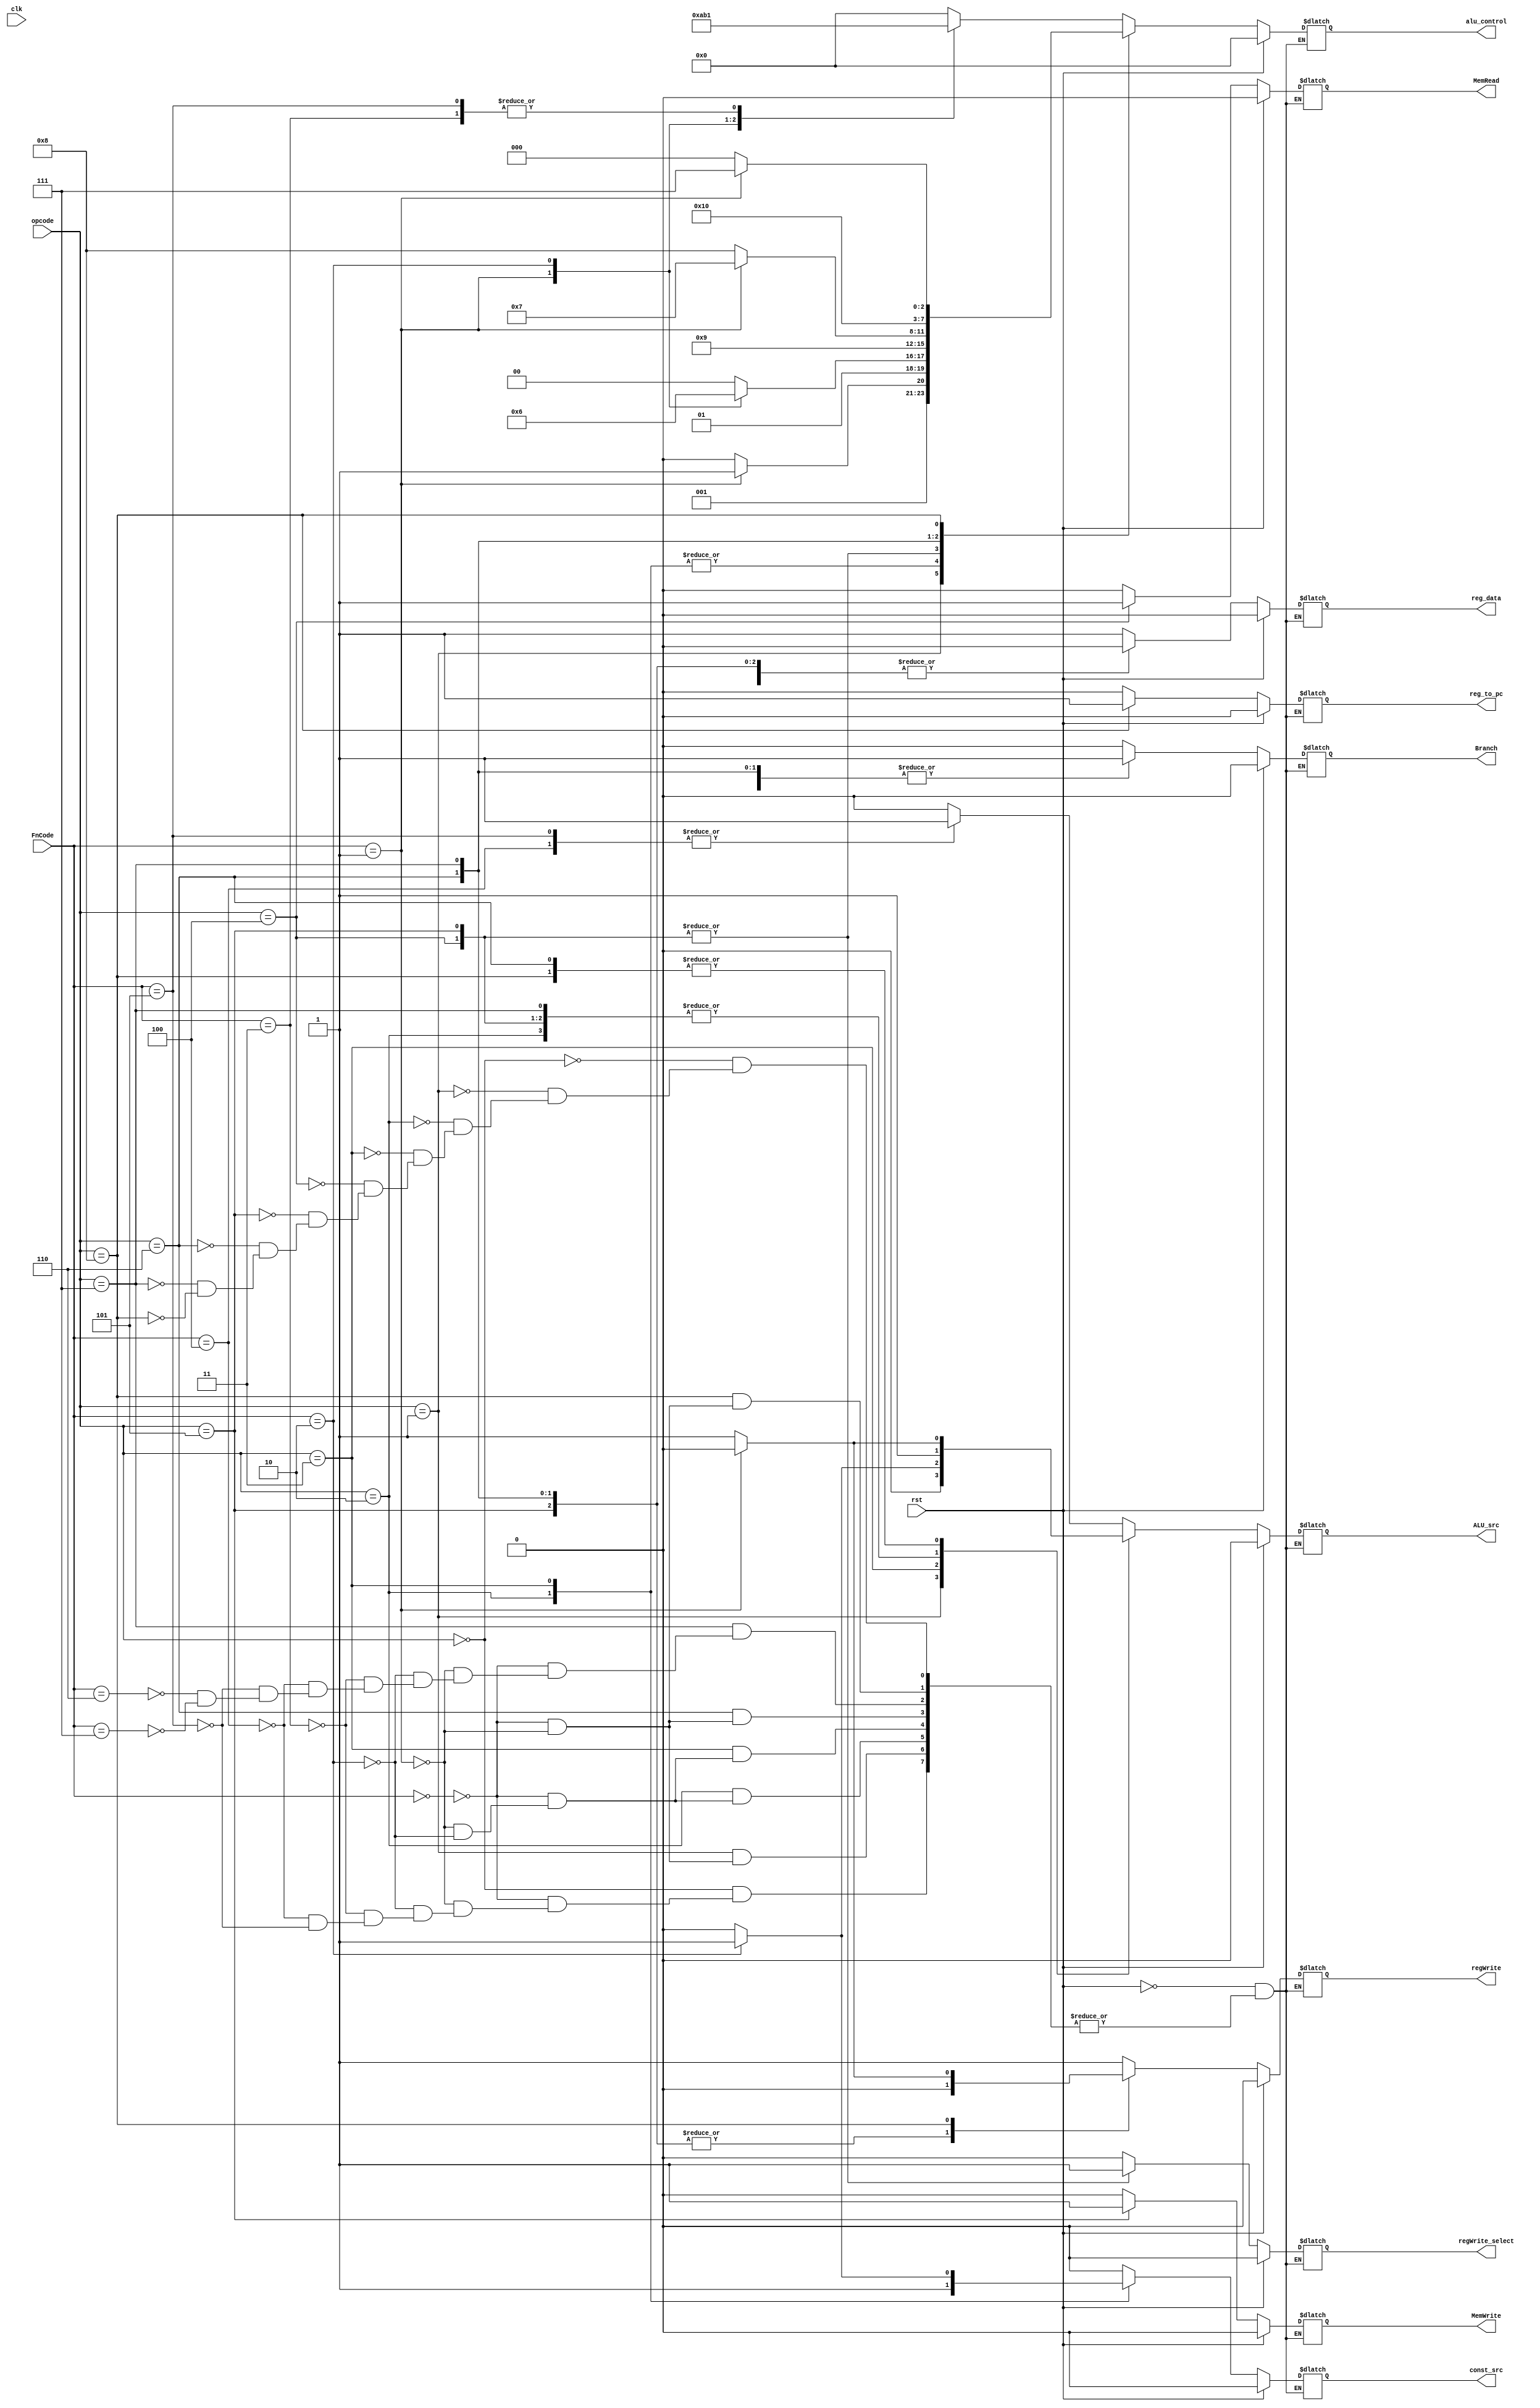
`timescale 1ns / 1ps
`default_nettype none
//////////////////////////////////////////////////////////////////////////////////
/*
Assignment No - 7
Semester - Autumn 2018
Group - 3
Members:
  G Rahul KrantiKiran - 16CS10018
  Sai Saketh Aluru - 16CS30030
*/
//////////////////////////////////////////////////////////////////////////////////

// the control unit module
//This takes as input the opcode and opcode ext and instructs all other modules

module ControlUnit(input wire[3:0] opcode, input wire [3:0] FnCode,
		input wire clk, input wire rst,
		output reg [3:0] alu_control,
		output reg Branch,regWrite,MemWrite,MemRead,ALU_src,reg_data,const_src,reg_to_pc, regWrite_select
	);

	always@(opcode or FnCode or rst)
	begin
		if(rst) // setting all flags to zero
		begin
			alu_control <= 0;
			Branch <= 0;
			regWrite <= 0;
			MemWrite <= 0;
			MemRead <= 0;
			ALU_src <= 0;
			const_src <= 0;
			reg_data <= 0;
			reg_to_pc <= 0;
			regWrite_select <= 0;
		end
		else
		begin
			case(opcode)
				4'd0: 								//Opcode: 0000
					begin
						case(FnCode)
							4'd0:						// Add
								begin
									alu_control <= 0;
									Branch <= 0;
									regWrite <= 1;
									MemWrite <= 0;
									MemRead <= 0;
									const_src <= 0;
									ALU_src <= 0;
									reg_data <= 1;
									reg_to_pc <= 0;
									regWrite_select <= 0;
								end
							4'd1: 						// Multiply unsigned
								begin
									alu_control <= 10;
									Branch <= 0;
									regWrite <= 1;
									MemWrite <= 0;
									const_src <= 0;
									MemRead <= 0;
									ALU_src <= 0;
									reg_data <= 1;
									reg_to_pc <= 0;
									regWrite_select <= 0;
								end	
							4'd2: 						// Multiply signed
								begin
									alu_control <= 11;
									Branch <= 0;
									regWrite <= 1;
									MemWrite <= 0;
									const_src <= 0;
									MemRead <= 0;
									ALU_src <= 0;
									reg_data <= 1;
									reg_to_pc <= 0;
									regWrite_select <= 0;
								end	
									
							4'd3: 						// Complement
								begin
									alu_control <= 1;
									Branch <= 0;
									regWrite <= 1;
									MemWrite <= 0;
									const_src <= 0;
									MemRead <= 0;
									ALU_src <= 0;
									reg_data <= 1;
									reg_to_pc <= 0;
									regWrite_select <= 0;
								end
							4'd4: 						// Add Immediate
								begin
									alu_control <= 0;
									Branch <= 0;
									regWrite <= 1;
									MemWrite <= 0;
									const_src <= 0;
									regWrite_select <= 0;
									MemRead <= 0;
									ALU_src <= 1;
									reg_data <= 1;
									reg_to_pc <= 0;
								end
							4'd5: 						// Complement Immediate
								begin
									alu_control <= 1;
									Branch <= 0;
									regWrite <= 1;
									MemRead <= 0;
									MemWrite <= 0;
									regWrite_select <= 0;
									const_src <= 0;
									ALU_src <= 1;
									reg_to_pc <= 0;
									reg_data <= 1;
								end
							default: 
								begin
								end
						endcase
					end
				4'd1: 						        //Opcode=1
					begin
						case(FnCode)
							4'd0:                 //and
								begin
									alu_control <= 2;
									Branch <= 0;
									regWrite_select <= 0;
									regWrite <= 1;
									const_src <= 0;
									MemWrite <= 0;
									MemRead <= 0;
									ALU_src <= 0;
									reg_data <= 1;
									reg_to_pc <= 0;
								end
							4'd1:						//Xor
								begin
									alu_control <= 3;
									Branch <= 0;
									const_src <= 0;
									regWrite <= 1;
									MemWrite <= 0;
									MemRead <= 0;
									regWrite_select <= 0;
									ALU_src <= 0;
									reg_data <= 1;
									reg_to_pc <= 0;
								end
							default:
								begin
								end
						endcase
					end	
				4'd2: 						        //Opcode=2
					begin
						case(FnCode)
							4'd0:                 //shift left logical
								begin
									alu_control <= 4;
									Branch <= 0;
									regWrite <= 1;
									MemWrite <= 0;
									MemRead <= 0;
									regWrite_select <= 0;
									const_src <= 1;
									ALU_src <= 1;
									reg_data <= 1;
									reg_to_pc <= 0;
								end
							4'd1:						//shift right logical
								begin
									alu_control <= 5;
									Branch <= 0;
									regWrite <= 1;
									MemWrite <= 0;
									MemRead <= 0;
									const_src <= 1;
									ALU_src <= 1;
									regWrite_select <= 0;
									reg_data <= 1;
									reg_to_pc <= 0;
								end
							4'd2:					//Shift Right Arithmetic
								begin
									alu_control <= 6;
									Branch <= 0;
									regWrite <= 1;
									MemWrite <= 0;
									const_src <= 1;
									MemRead <= 0;
									ALU_src <= 1;
									regWrite_select <= 0;
									reg_data <= 1;
									reg_to_pc <= 0;
								end
							default:
								begin
								end
						endcase
					end
				4'd3: 						        //Opcode=3///////////////
					begin
						case(FnCode)
							4'd0:                 //shift left logical variable
								begin
									alu_control <= 4;
									Branch <= 0;
									regWrite <= 1;
									const_src <= 0;
									regWrite_select <= 0;
									MemWrite <= 0;
									MemRead <= 0;
									ALU_src <= 0;
									reg_data <= 1;
									reg_to_pc <= 0;
								end
							4'd1:						//shift right variable
								begin
									alu_control <= 5;
									Branch <= 0;
									regWrite <= 1;
									MemWrite <= 0;
									const_src <= 0;
									MemRead <= 0;
									ALU_src <= 0;
									reg_data <= 1;
									regWrite_select <= 0;
									reg_to_pc <= 0;
								end
							4'd2:					//Shift Right Arithmetic
								begin
									alu_control <= 6;
									Branch <= 0;
									regWrite <= 1;
									MemWrite <= 0;
									const_src <= 1;
									MemRead <= 0;
									ALU_src <= 1;
									regWrite_select <= 0;
									reg_data <= 1;
									reg_to_pc <= 0;
								end
							default:
								begin
								end
						endcase
					end
				4'd4: 						        // Load Word
					begin
						alu_control <= 9;
						Branch <= 0;
						regWrite <= 1;
						MemWrite <= 0;
						const_src <= 0;
						regWrite_select <= 1;
						MemRead <= 1;
						ALU_src <= 1;
						reg_data <= 0;
						reg_to_pc <= 0;
					end
				4'd5: 						        // Store Word
					begin
						alu_control <= 9;
						Branch <= 0;
						regWrite <= 0;
						const_src <= 0;
						MemWrite <= 1;
						MemRead <= 0;
						regWrite_select <= 1;
						ALU_src <= 1;
						reg_data <= 0;
						reg_to_pc <= 0;
					end
				4'd6: 						        //Opcode 6 (Branch Instructions-1)
					begin
						case(FnCode)
							4'd0:                 //Unconditional Branch
								begin
									alu_control <= 8;
									Branch <= 1;
									regWrite <= 0;
									regWrite_select <= 0;
									const_src <= 0;
									MemWrite <= 0;
									MemRead <= 0;
									ALU_src <= 1;
									reg_to_pc <= 0;
									reg_data <= 0;
								end
							4'd1:						//Branch Register
								begin
									alu_control <= 7;
									Branch <= 1;
									regWrite <= 0;
									const_src <= 0;
									regWrite_select <= 0;
									MemWrite <= 0;
									MemRead <= 0;
									ALU_src <= 0;
									reg_to_pc <= 0;
									reg_data <= 0;
								end
							default:
								begin
								end
						endcase
					end
				4'd7: 						        //Opcode 7(Branch Instructions-2)
					begin
						case(FnCode)
							4'd0:                 //Branch on zero
								begin
									alu_control <= 8;
									Branch <= 1;
									regWrite <= 0;
									const_src <= 0;
									regWrite_select <= 0;
									MemWrite <= 0;
									MemRead <= 0;
									ALU_src <= 1;
									reg_to_pc <= 0;
									reg_data <= 0;
								end
							4'd1:						//Branch on no zero
								begin
									alu_control <= 8;
									Branch <= 1;
									regWrite <= 0;
									const_src <= 0;
									regWrite_select <= 0;
									MemWrite <= 0;
									MemRead <= 0;
									ALU_src <= 1;
									reg_to_pc <= 0;
									reg_data <= 0;
								end
							4'd2:						//Branch on Carry
								begin
									alu_control <= 8;
									Branch <= 1;
									regWrite <= 0;
									regWrite_select <= 0;
									const_src <= 0;
									MemWrite <= 0;
									MemRead <= 0;
									ALU_src <= 1;
									reg_data <= 0;
									reg_to_pc <= 0;
								end
							4'd3:						//Branch on Not Carry
								begin
									alu_control <= 8;
									Branch <= 1;
									regWrite <= 0;
									regWrite_select <= 0;
									const_src <= 0;
									MemWrite <= 0;
									MemRead <= 0;
									ALU_src <= 1;
									reg_to_pc <= 0;
									reg_data <= 0;
								end
							4'd4:						//Branch on Sign
								begin
									alu_control <= 8;
									Branch <= 1;
									regWrite <= 0;
									const_src <= 0;
									regWrite_select <= 0;
									MemWrite <= 0;
									MemRead <= 0;
									ALU_src <= 1;
									reg_to_pc <= 0;
									reg_data <= 0;
								end	
							4'd5:						//Branch on Not Sign
								begin
									alu_control <= 8;
									regWrite_select <= 0;
									Branch <= 1;
									regWrite <= 0;
									const_src <= 0;
									MemWrite <= 0;
									MemRead <= 0;
									ALU_src <= 1;
									reg_to_pc <= 0;
									reg_data <= 0;
								end
							4'd6:						//Branch on Overflow
								begin
									alu_control <= 8;
									Branch <= 1;
									regWrite <= 0;
									const_src <= 0;
									regWrite_select <= 0;
									MemWrite <= 0;
									MemRead <= 0;
									reg_to_pc <= 0;
									ALU_src <= 1;
									reg_data <= 0;
								end
							4'd7:						//Branch on No Overflow
								begin
									alu_control <= 8;
									Branch <= 1;
									regWrite <= 0;
									const_src <= 0;
									reg_to_pc <= 0;
									regWrite_select <= 0;
									MemWrite <= 0;
									MemRead <= 0;
									ALU_src <= 1;
									reg_data <= 0;
								end	
							default:
								begin
								end
						endcase
					end
				4'd8:
					begin
						case(FnCode)
							4'd0:  						        // Function call
							  begin
								alu_control <= 0;
								const_src <= 0;
								Branch <= 1;
								regWrite <= 1;
								regWrite_select <= 0;
								MemWrite <= 0;
								MemRead <= 0;
								ALU_src <= 1;
								reg_to_pc <= 1;
								reg_data <= 0;
							end
							4'd1: 
							  begin 						        // Return 
								alu_control <= 7;
								Branch <= 1;
								regWrite <= 0;
								const_src <= 0;
								regWrite_select <= 0;
								MemWrite <= 0;
								MemRead <= 0;
								ALU_src <= 0;
								reg_to_pc <= 1;
								reg_data <= 0;
							end
						endcase	
					end	
			endcase
		end
	end
endmodule